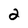
Character: 2